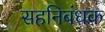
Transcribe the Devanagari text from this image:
सहनिबंधक